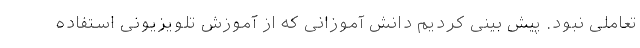
تعاملی نبود. پیش بینی کردیم دانش آموزانی که از آموزش تلویزیونی استفاده